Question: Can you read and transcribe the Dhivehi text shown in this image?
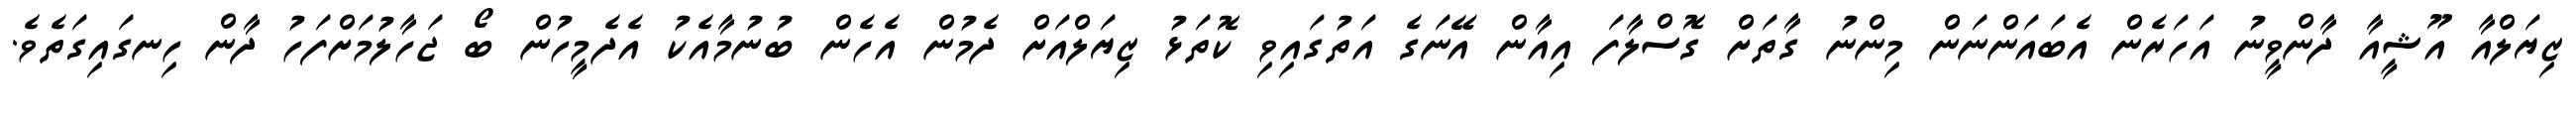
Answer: ޒިޔަލްއާ އޫޝީއާ ދާންވީނު އަހަރެން އެބައަންނަން މިންނު ގާތަށް ގޮސްލާފަ އިއާން އޭނަގެ އަތުގައިވި ކޮތަޅު ޒިޔަލްއަށް ދެމުން އެހެން ބުނުމާއެކު އެދެމީހުން ބޯ ޖަހާލުމަށްފަހު ދާން ހިނގައިގަތެވެ.